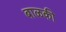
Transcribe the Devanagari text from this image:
बाळकी